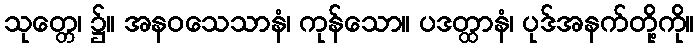
သုတ္တေ၊ ၌။ အနဝသေသာနံ၊ ကုန်သော။ ပဒတ္ထာနံ၊ ပုဒ်အနက်တို့ကို။